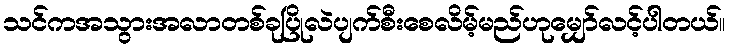
သင်ကအသွားအလာတစ်ခုပြိုလဲပျက်စီးစေလိမ့်မည်ဟုမျှော်လင့်ပါတယ်။